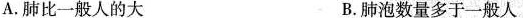
A.肺比一般人的大 B.肺泡数量多于一般人